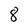
Character: 8